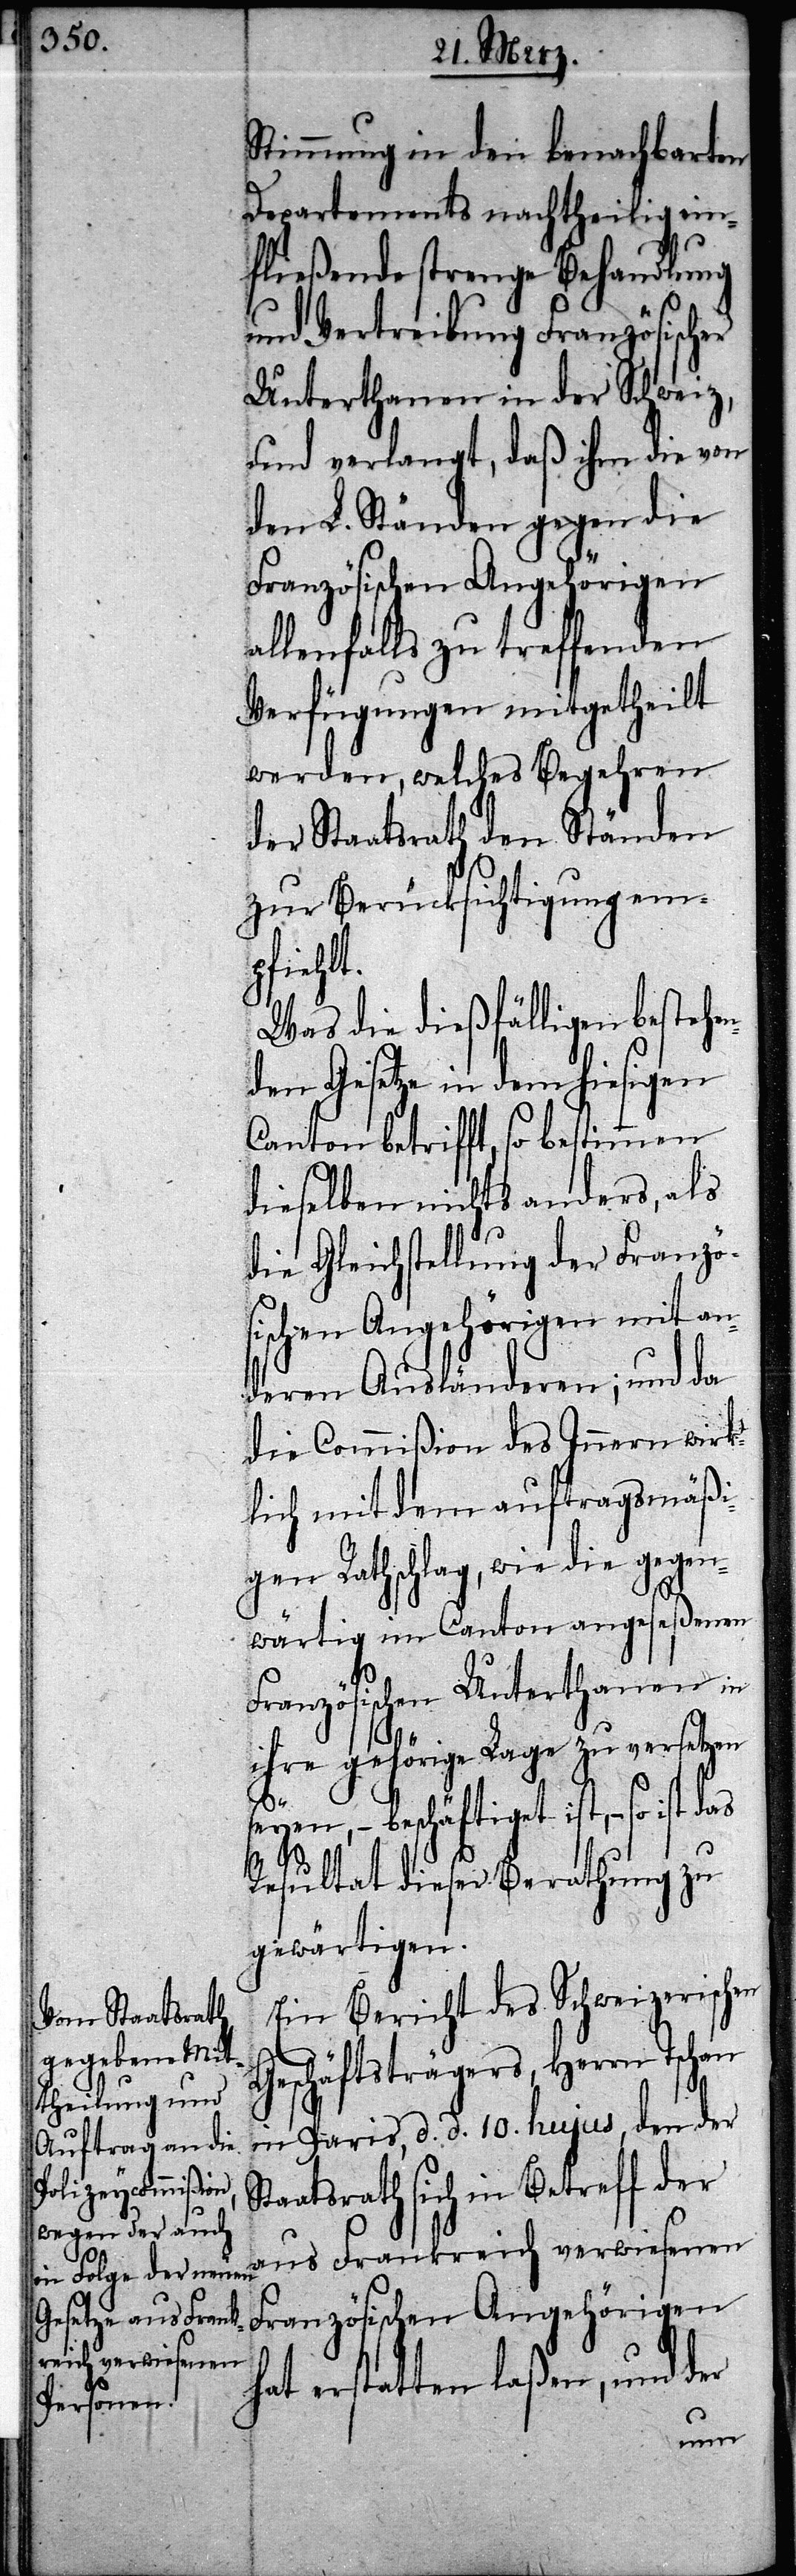
Stimmung in den benachbarten
Departements nachtheilig ein¬
fließende strenge Behandlung
und Vertreibung Französischer
Unterthanen in der Schweiz,
und verlangt, daß ihm die von
den L. Ständen gegen die
Französischen Angehörigen
allenfalls zu treffenden
Verfügungen mitgetheilt
werden, welches Begehren
der Staatsrath den Ständen
zur Berücksichtigung em¬
pfiehlt.
Was die dießfälligen bestehe¬
nden Gesetze in dem hiesigen
Canton betrifft, so bestimmen
dieselben nichts anders, als
die Gleichstellung der Franzö¬
sischen Angehörigen mit an¬
deren Ausländeren; und da
die Commißion des Innern wirk¬
lich mit dem auftragsmäßi¬
gen Rathschlag, wie die gegen¬
wärtig im Canton angeseßenen
Französischen Unterthanen in
ihre gehörige Lage zu versetzen
seyen, – beschäftiget ist, – so ist
Resultat dieser Berathung zu
gewärtigen.
Ein Bericht des Schweizerischen
Geschäftsträgers, Herrn Tschan
in Paris, d. d. 10. hujus, den der
Staatsrath sich in Betreff der
aus Frankreich verwiesenen
Französischen Angehörigen
hat erstatten laßen, und der